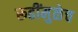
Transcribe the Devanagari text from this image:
रूढींमुळेच